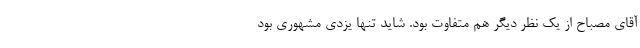
آقای مصباح از یک نظر دیگر هم متفاوت بود. شاید تنها یزدی‌ مشهوری بود